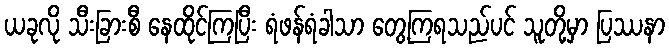
ယခုလို သီးခြားစီ နေထိုင်ကြပြီး ရံဖန်ရံခါသာ တွေ့ကြရသည်ပင် သူတို့မှာ ပြဿနာ